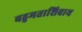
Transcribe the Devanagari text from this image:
बहुमताशिवाय